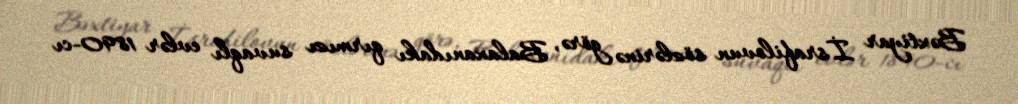
Bəxtiyar İsrafilovun sözlərinə görə, Balaxanıdakı qırmızı suvaqlı evlər 1890-cı